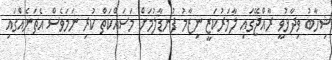
ޝިހާބު ވިދާޅުވީ ރާއްޖޭގައި ލާމަރުކަޒީ ނިޒާމު ފުނޑާލުމަށް މަސައްކަތް ކުރި ނަމަވެސް އެތަނެއްގައި